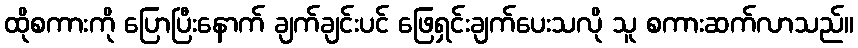
ထိုစကားကို ပြောပြီးနောက် ချက်ချင်းပင် ဖြေရှင်းချက်ပေးသလို သူ စကားဆက်လာသည်။